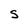
Character: S